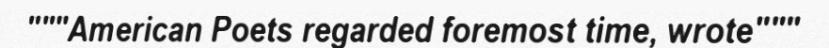
"""American Poets regarded foremost time, wrote"""